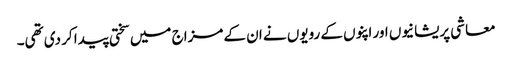
معاشی پریشانیوں اور اپنوں کے رویوں نے ان کے مزاج میں سختی پیدا کر دی تھی۔